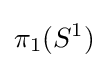
\pi _{1}(S^{1})